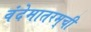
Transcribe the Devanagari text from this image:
वंदेमातरम्‌ची